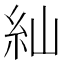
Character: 𮈁